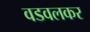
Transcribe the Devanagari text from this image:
वडवलकर